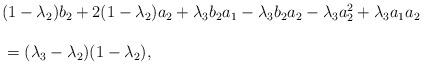
\begin{align*} \begin{array}{lll}&& \noindent (1-\lambda_2)b_2+2(1-\lambda_2)a_2+\lambda_3b_2a_1-\lambda_3b_2a_2-\lambda_3a_2^2 +\lambda_3a_1a_2\ \\\\&&\ =(\lambda_3-\lambda_2)(1-\lambda_2),\end{array}\end{align*}